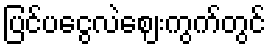
ပြင်ပငွေလဲဈေးကွက်တွင်